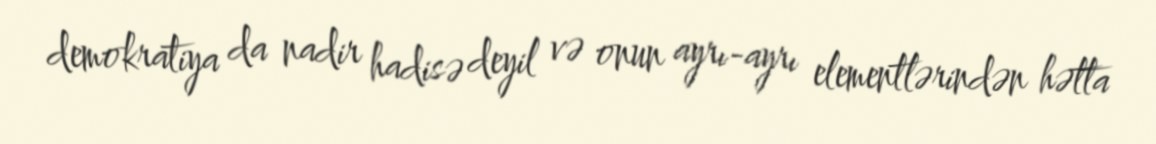
demokratiya da nadir hadisə deyil və onun ayrı-ayrı elementlərindən hətta